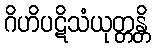
ဂိဟိပဋိသံယုတ္တန္တိ